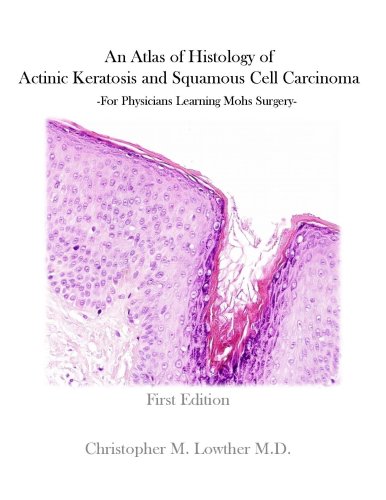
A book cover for Dermatologic Surgery Skin Cancer and Mohs Surgery- An Atlas of Histology of Actinic Keratosis and Sq; Christopher Lowther; Medical Books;